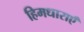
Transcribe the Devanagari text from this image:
हिमधाराएँ